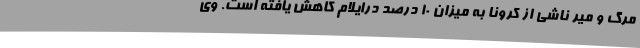
مرگ و میر ناشی از کرونا به میزان 10 درصد درایلام کاهش یافته است. وی